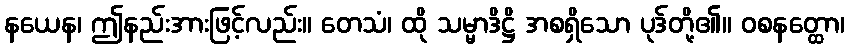
နယေန၊ ဤနည်းအားဖြင့်လည်း။ တေသံ၊ ထို သမ္မာဒိဋ္ဌိ အစရှိသော ပုဒ်တို့၏။ ဝစနတ္ထော၊